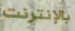
بالإنترنت